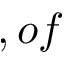
, o f